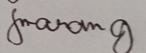
Signature authenticity: genuine